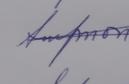
Signature authenticity: genuine